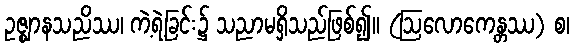
ဥဇ္ဈာနသညိဿ၊ ကဲ့ရဲ့ခြင်း၌ သညာမရှိသည်ဖြစ်၍။ (ဩလောကေန္တဿ) စ၊